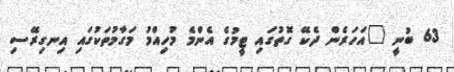
63 ބުނީ "އަހަރެން ދެކޭ ގޮތުގައި ޓީމުގެ އެންމެ މުހިއްމު މަގާމުތަކުގައި އިނގިރޭސި